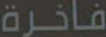
فاخرة